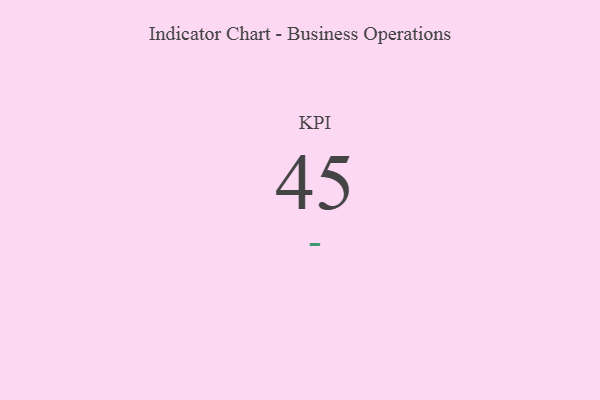
{"axis": {"x": "KPI", "y": "Value"}, "legend": [""], "data": [{"x": "KPI", "y": 45, "type": ""}]}